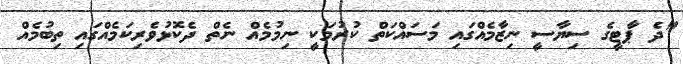
"ދެ ޕާޓީގެ ސިޔާސީ ނިޒާމެއްގައި މަސައްކަތް ކުރުމަކީ ނިމުމެއް ނެތް ދެކޮޅުވެރިކަމެއްގައި ތިބުމެއް